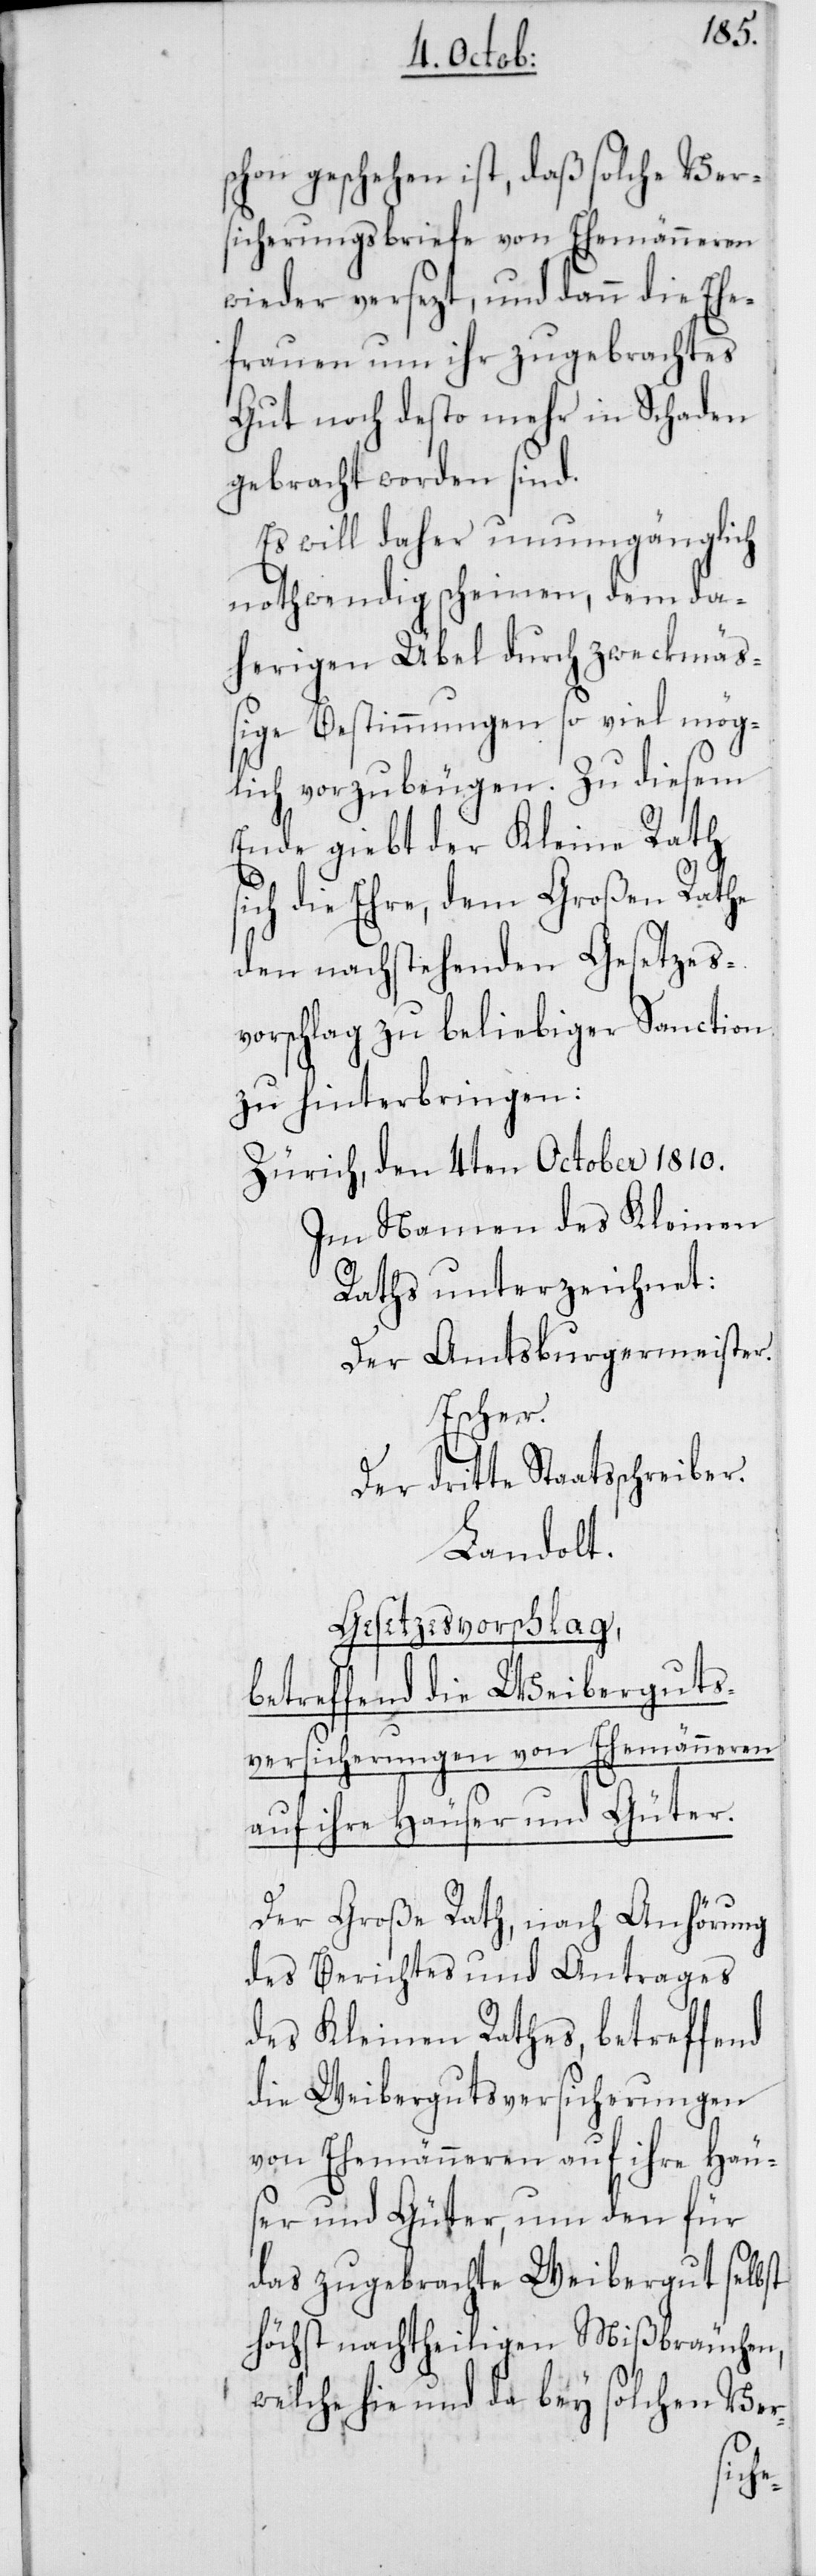
schon geschehen ist, daß solche Ver¬
sicherungsbriefe von Ehemänneren
wieder versezt, und dann die Ehe¬
frauen um ihr zugebrachtes
Gut noch desto mehr in Schaden
gebracht worden sind.
Es will daher unumgänglich
nothwendig scheinen, dem da¬
herigen Übel durch zweckmäß¬
ige Bestimmungen so viel mög¬
lich vorzubeugen. Zu diesem
Ende giebt der Kleine Rath
sich die Ehre, dem Großen Rathe
den nachstehenden Gesetzes¬
vorschlag zu beliebiger Sanction
zu hinterbringen:
Zürich, den 4ten October 1810.
Im Namen des Kleinen
Raths unterzeichnet:
Der Amtsburgermeister.
Escher.
Der dritte Staatsschreiber.
Landolt.
Gesetzesvorschlag,
betreffend die Weiberguts¬
versicherungen von Ehemänneren
auf ihre Häuser und Güter.
Der Große Rath, nach Anhörung
des Berichtes und Antrages
des Kleinen Rathes, betreffend
die Weibergutsversicherungen
von Ehemänneren auf ihre Häus¬
er und Güter, um den für
das zugebrachte Weibergut selbst
höchst nachtheiligen Mißbräuchen,
welche hie und da bey solchen Ver-